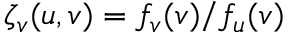
\zeta _ { v } ( u , v ) = f _ { v } ( v ) / f _ { u } ( v )